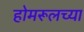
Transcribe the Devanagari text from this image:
होमरूलच्या